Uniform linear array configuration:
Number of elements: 48
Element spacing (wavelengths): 0.5
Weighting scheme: exponential
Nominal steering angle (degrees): -30
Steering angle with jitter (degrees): -31.459
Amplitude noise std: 0.05
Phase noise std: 0.05

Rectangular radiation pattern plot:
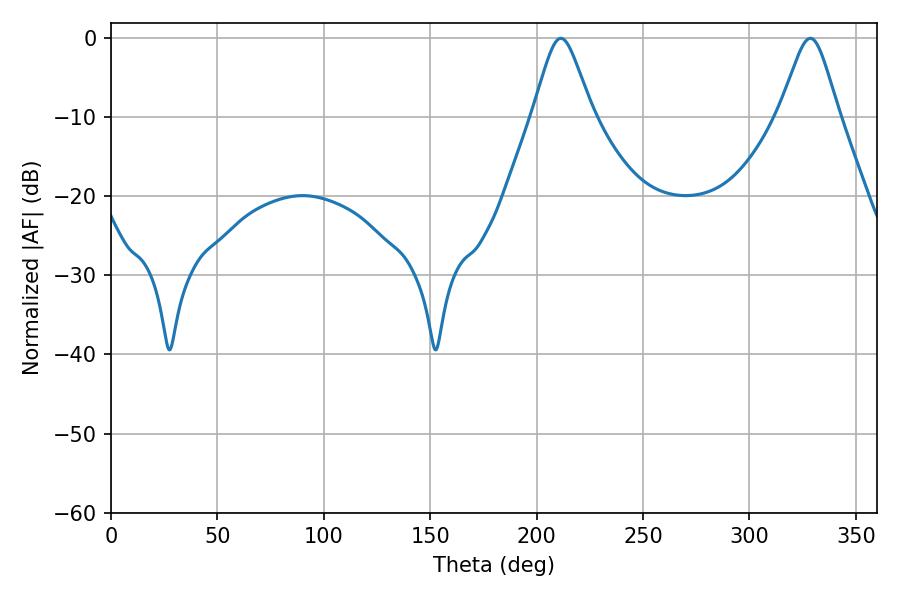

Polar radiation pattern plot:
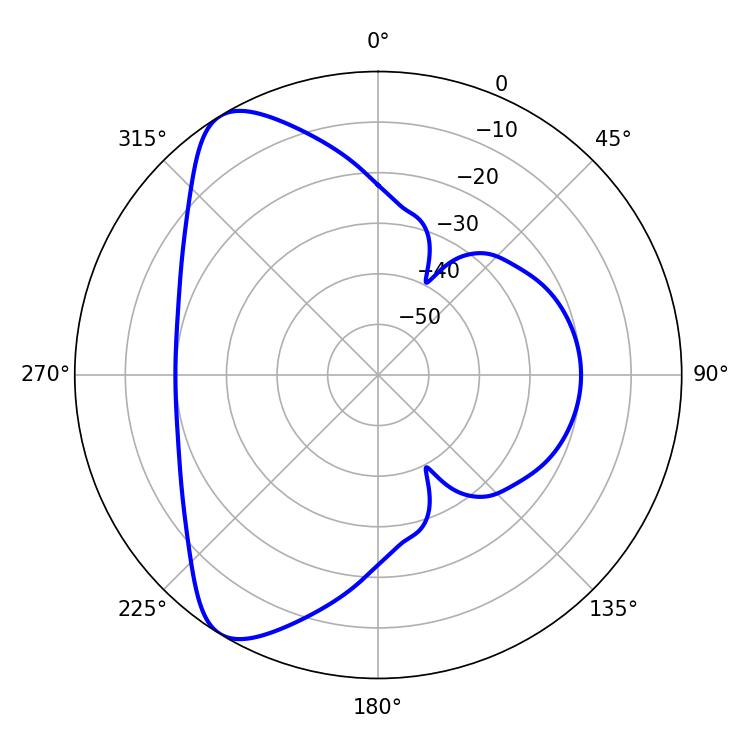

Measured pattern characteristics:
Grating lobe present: FALSE
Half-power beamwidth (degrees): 13.5
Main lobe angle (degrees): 211.32